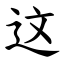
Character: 这